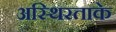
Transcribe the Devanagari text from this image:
अस्थिरताके